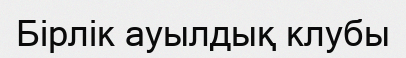
Бірлік ауылдық клубы